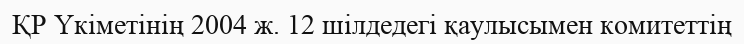
ҚР Үкіметінің 2004 ж. 12 шілдедегі қаулысымен комитеттің